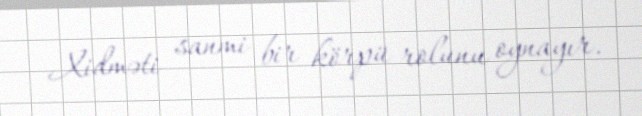
Xidməti sanmi bir körpü rolunu oynayır.